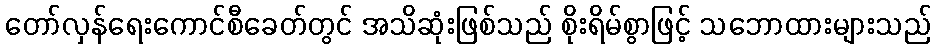
တော်လှန်ရေးကောင်စီခေတ်တွင် အသိဆုံးဖြစ်သည် စိုးရိမ်စွာဖြင့် သဘောထားများသည်